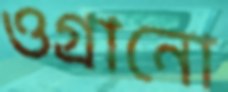
ওগ্‌রানো